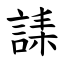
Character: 䛶